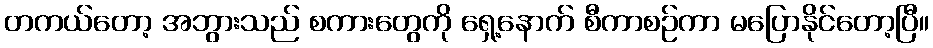
တကယ်တော့ အဘွားသည် စကားတွေကို ရှေ့နောက် စီကာစဉ်ကာ မပြောနိုင်တော့ပြီ။